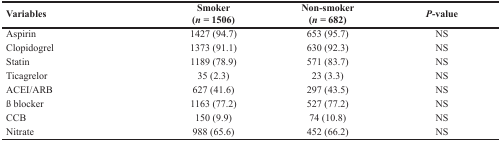
| Variables | Smoker (n = 1506) | Non-smoker (n = 682) | P-value |
 | --- | --- | --- | --- |
 | Aspirin | 1427 (94.7) | 653 (95.7) | NS |
 | Clopidogrel | 1373 (91.1) | 630 (92.3) | NS |
 | Statin | 1189 (78.9) | 571 (83.7) | NS |
 | Ticagrelor | 35 (2.3) | 23 (3.3) | NS |
 | ACEI/ARB | 627 (41.6) | 297 (43.5) | NS |
 | ß blocker | 1163 (77.2) | 527 (77.2) | NS |
 | CCB | 150 (9.9) | 74 (10.8) | NS |
 | Nitrate | 988 (65.6) | 452 (66.2) | NS |